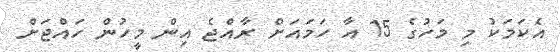
އެކަމަކު މި މަހުގެ 15 އާ ހަމައަށް ރާއްޖެ އިން މީހުން ހައްޖަށް